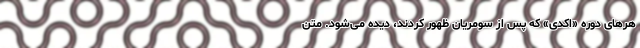
ُهرهای دوره «اَکدی» که پس از سومریان ظهور کردند، دیده می‌شود. متنِ